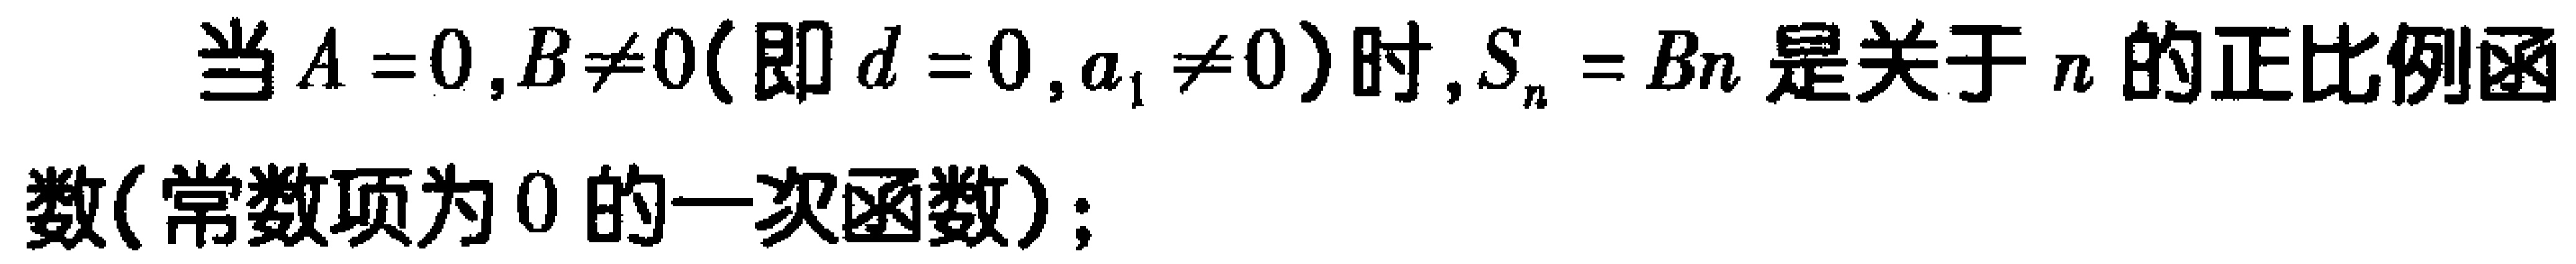
当\(A = 0,B\neq0\)(即\(d = 0,a_{1}\neq0\))时,\(S_{n}=Bn\)是关于\(n\)的正比例函数(常数项为\(0\)的一次函数)；